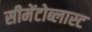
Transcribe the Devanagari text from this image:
सीमेंटोब्लास्ट